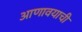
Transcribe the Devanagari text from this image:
आणावयाची